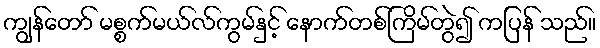
ကျွန်တော် မစ္စက်မယ်လ်ကွမ်နှင့် နောက်တစ်ကြိမ်တွဲ၍ ကပြန် သည်။